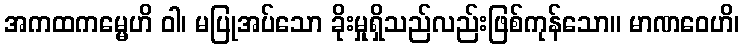
အကထကမ္မေဟိ ဝါ၊ မပြုအပ်သော ခိုးမှုရှိသည်လည်းဖြစ်ကုန်သော။ မာဏဝေဟိ၊